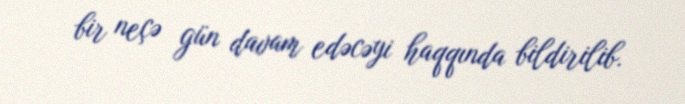
bir neçə gün davam edəcəyi haqqında bildirilib.